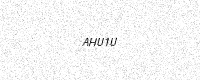
Text: AHU1U